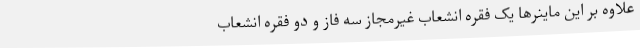
علاوه بر این ماینرها یک فقره انشعاب غیرمجاز سه فاز و دو فقره انشعاب